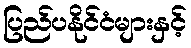
ပြည်ပနိုင်ငံများနှင့်